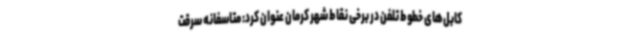
کابل‌های خطوط تلفن در برخی نقاط شهر کرمان عنوان کرد: متاسفانه سرقت‌